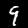
Digit: 9